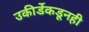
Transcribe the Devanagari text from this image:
उकीर्डेकडूनही